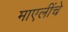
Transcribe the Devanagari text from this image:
माएलींचे